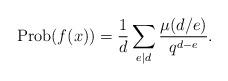
LaTeX: \begin{align*} \mathrm{Prob}(f(x)) = \frac{1}{d}\sum_{e\mid d}\frac{\mu(d/e)}{q^{d-e}}.\end{align*}